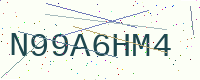
Text: N99A6HM4